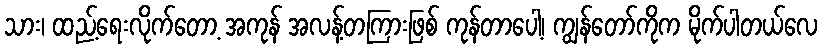
သား၊ ထည့်ရေးလိုက်တော့ အကုန် အလန့်တကြားဖြစ် ကုန်တာပေါ့၊ ကျွန်တော်ကိုက မိုက်ပါတယ်လေ